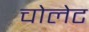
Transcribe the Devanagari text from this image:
चोलेट